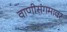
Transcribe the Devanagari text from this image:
वाणीसंगमावर